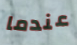
عندما